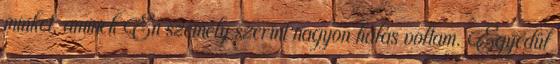
minket, aminek Én személy szerint nagyon hálás voltam. Egyedül